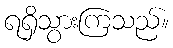
ရရှိသွားကြသည်။